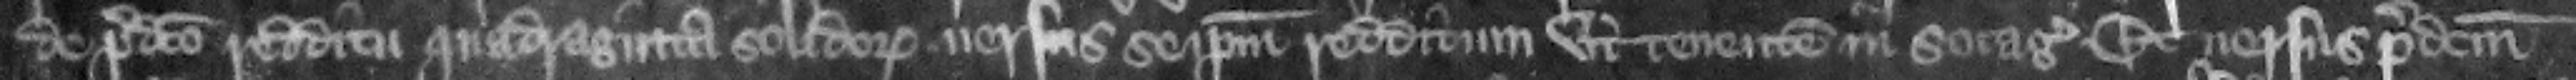
de predicto redditu quadraginta solidorum uersus se ipsum redditum vt tenentem in socagio et uersus predictum